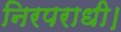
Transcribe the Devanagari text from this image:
निरपराधी।